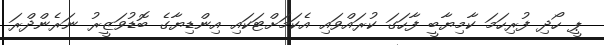
ޕީ ހޯދި ފުރިހަމަ ކާމިޔާބީ ފާހަގަ ކުރައްވައި އެކަމަށްޓަކައި އިންޑިޔާގެ ބޮޑުވަޒީރު ނަރެންދްރަ